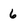
Character: 6